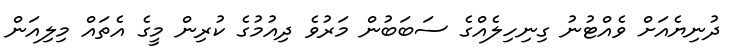
ދުނިޔެއަށް ވެއްޓުނު ގިނިހިލެއްގެ ސަބަބުން މަރުވެ ދިއުމުގެ ކުރިން މީގެ އެތައް މިލިއަން